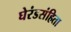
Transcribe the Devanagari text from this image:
घेरंडसंहिता